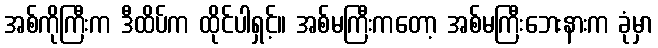
အစ်ကိုကြီးက ဒီထိပ်က ထိုင်ပါရှင့်။ အစ်မကြီးကတော့ အစ်မကြီးဘေးနားက ခုံမှာ